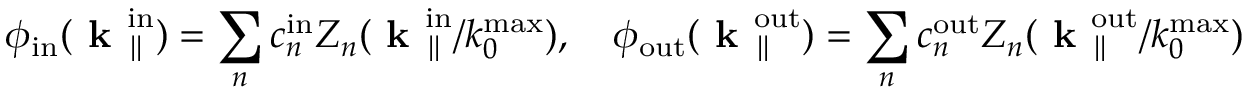
\phi _ { \mathrm { i n } } ( \textbf { k } _ { \parallel } ^ { \mathrm { i n } } ) = \sum _ { n } c _ { n } ^ { \mathrm { i n } } Z _ { n } ( \textbf { k } _ { \parallel } ^ { \mathrm { i n } } / k _ { 0 } ^ { \mathrm { m a x } } ) , \quad \phi _ { \mathrm { o u t } } ( \textbf { k } _ { \parallel } ^ { \mathrm { o u t } } ) = \sum _ { n } c _ { n } ^ { \mathrm { o u t } } Z _ { n } ( \textbf { k } _ { \parallel } ^ { \mathrm { o u t } } / k _ { 0 } ^ { \mathrm { m a x } } )